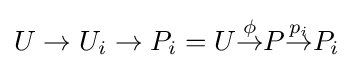
U\to U_{i}\to P_{i}=U{\stackrel {\phi }{\to }}P{\stackrel {p_{i}}{\to }}P_{i}